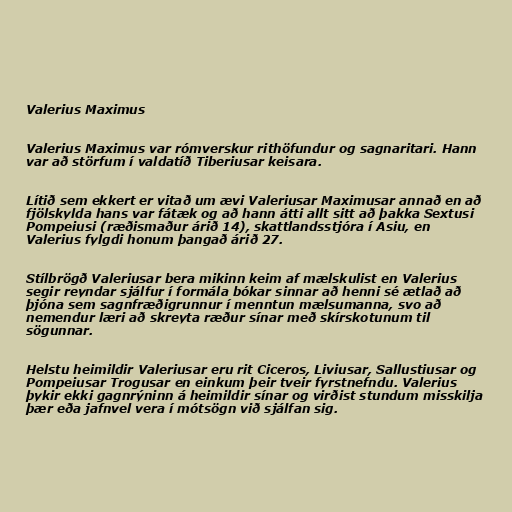
Valerius Maximus

Valerius Maximus var rómverskur rithöfundur og sagnaritari. Hann
var að störfum í valdatíð Tiberiusar keisara.

Lítið sem ekkert er vitað um ævi Valeriusar Maximusar annað en að
fjölskylda hans var fátæk og að hann átti allt sitt að þakka Sextusi
Pompeiusi (ræðismaður árið 14), skattlandsstjóra í Asiu, en
Valerius fylgdi honum þangað árið 27.

Stílbrögð Valeriusar bera mikinn keim af mælskulist en Valerius
segir reyndar sjálfur í formála bókar sinnar að henni sé ætlað að
þjóna sem sagnfræðigrunnur í menntun mælsumanna, svo að
nemendur læri að skreyta ræður sínar með skírskotunum til
sögunnar.

Helstu heimildir Valeriusar eru rit Ciceros, Liviusar, Sallustiusar og
Pompeiusar Trogusar en einkum þeir tveir fyrstnefndu. Valerius
þykir ekki gagnrýninn á heimildir sínar og virðist stundum misskilja
þær eða jafnvel vera í mótsögn við sjálfan sig.